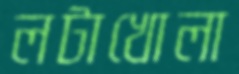
লটাখোলা